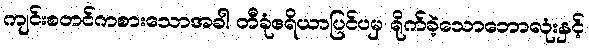
ကျင်းစတင်ကစားသောအခါ တီခုံဧရိယာပြင်ပမှ ရိုက်ခဲ့သောဘောလုံးနှင့်